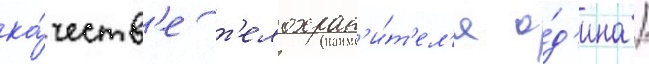
ка́честв'е т'елохран'и́т'ел'я о́д'ина /